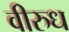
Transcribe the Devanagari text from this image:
वीरुध